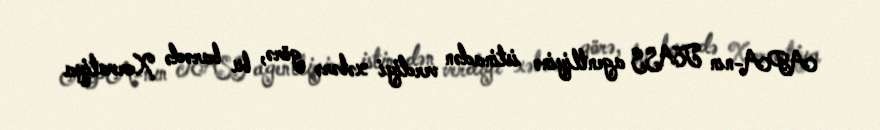
APA-nın TASS agentliyinə istinadən verdiyi xəbərə görə, bu barədə Xorvatiya